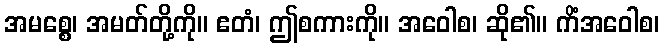
အမစ္စေ၊ အမတ်တို့ကို။ ဧတံ၊ ဤစကားကို။ အဝေါစ၊ ဆို၏။ ကိံအဝေါစ၊